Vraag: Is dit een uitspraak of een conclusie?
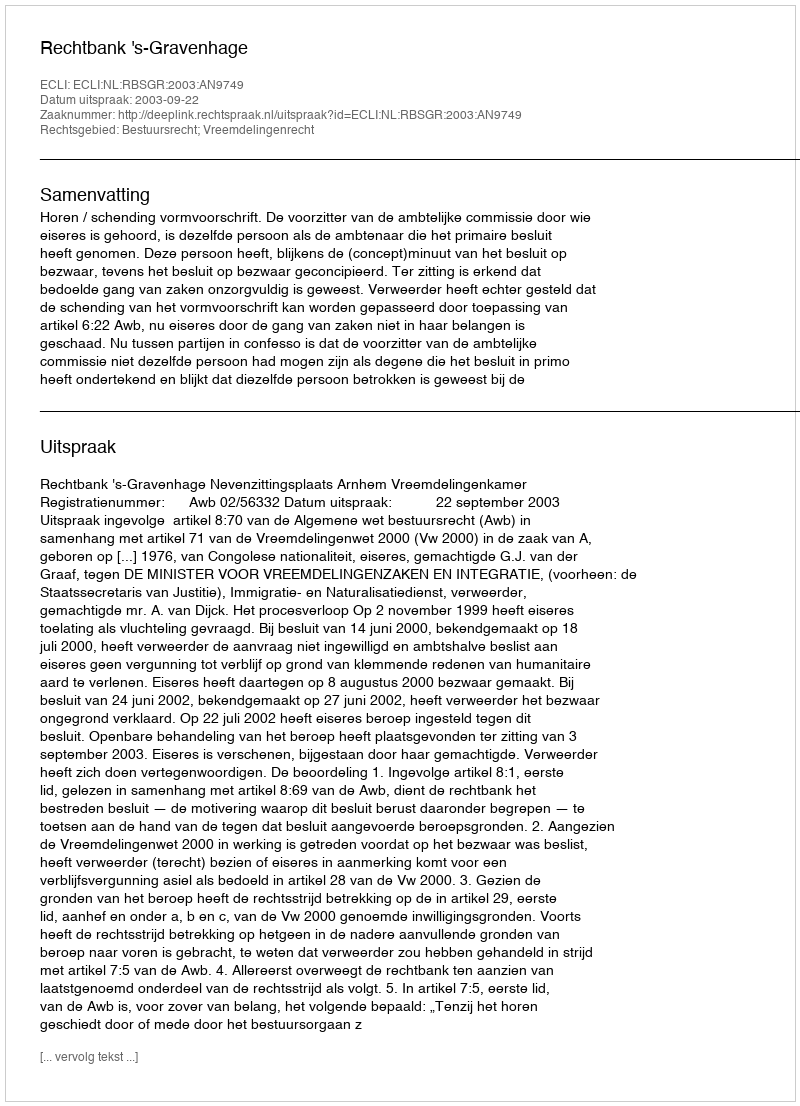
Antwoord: Uitspraak